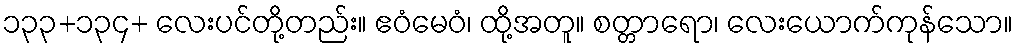
၁၃၃+၁၃၄+ လေးပင်တို့တည်း။ ဧဝံမေဝံ၊ ထို့အတူ။ စတ္တာရော၊ လေးယောက်ကုန်သော။